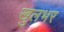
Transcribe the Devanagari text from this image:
खुलभर